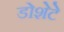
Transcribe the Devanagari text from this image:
डोशेटे